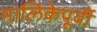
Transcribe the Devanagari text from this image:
मालिकेपूर्वी